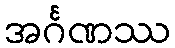
အင်္ဂဏဿ